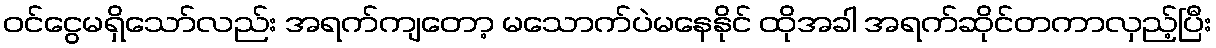
ဝင်ငွေမရှိသော်လည်း အရက်ကျတော့ မသောက်ပဲမနေနိုင် ထိုအခါ အရက်ဆိုင်တကာလှည့်ပြီး